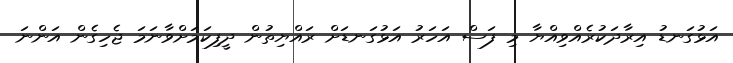
އަޅުގަނޑު އިރާދަކުރެއްވިއްޔާ މި ފަސް އަހަރު އަޅުގަނޑަށް ރައްޔިތުން ދީފިކަމަށްވާނަމަ ޖެހިގެން އަންނަ